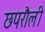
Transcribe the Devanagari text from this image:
छपरौली